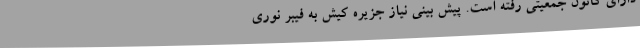
دارای کانون جمعیتی رفته است. پیش بینی نیاز جزیره کیش به فیبر نوری